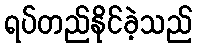
ရပ်တည်နိုင်ခဲ့သည်